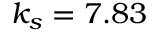
k _ { s } = 7 . 8 3